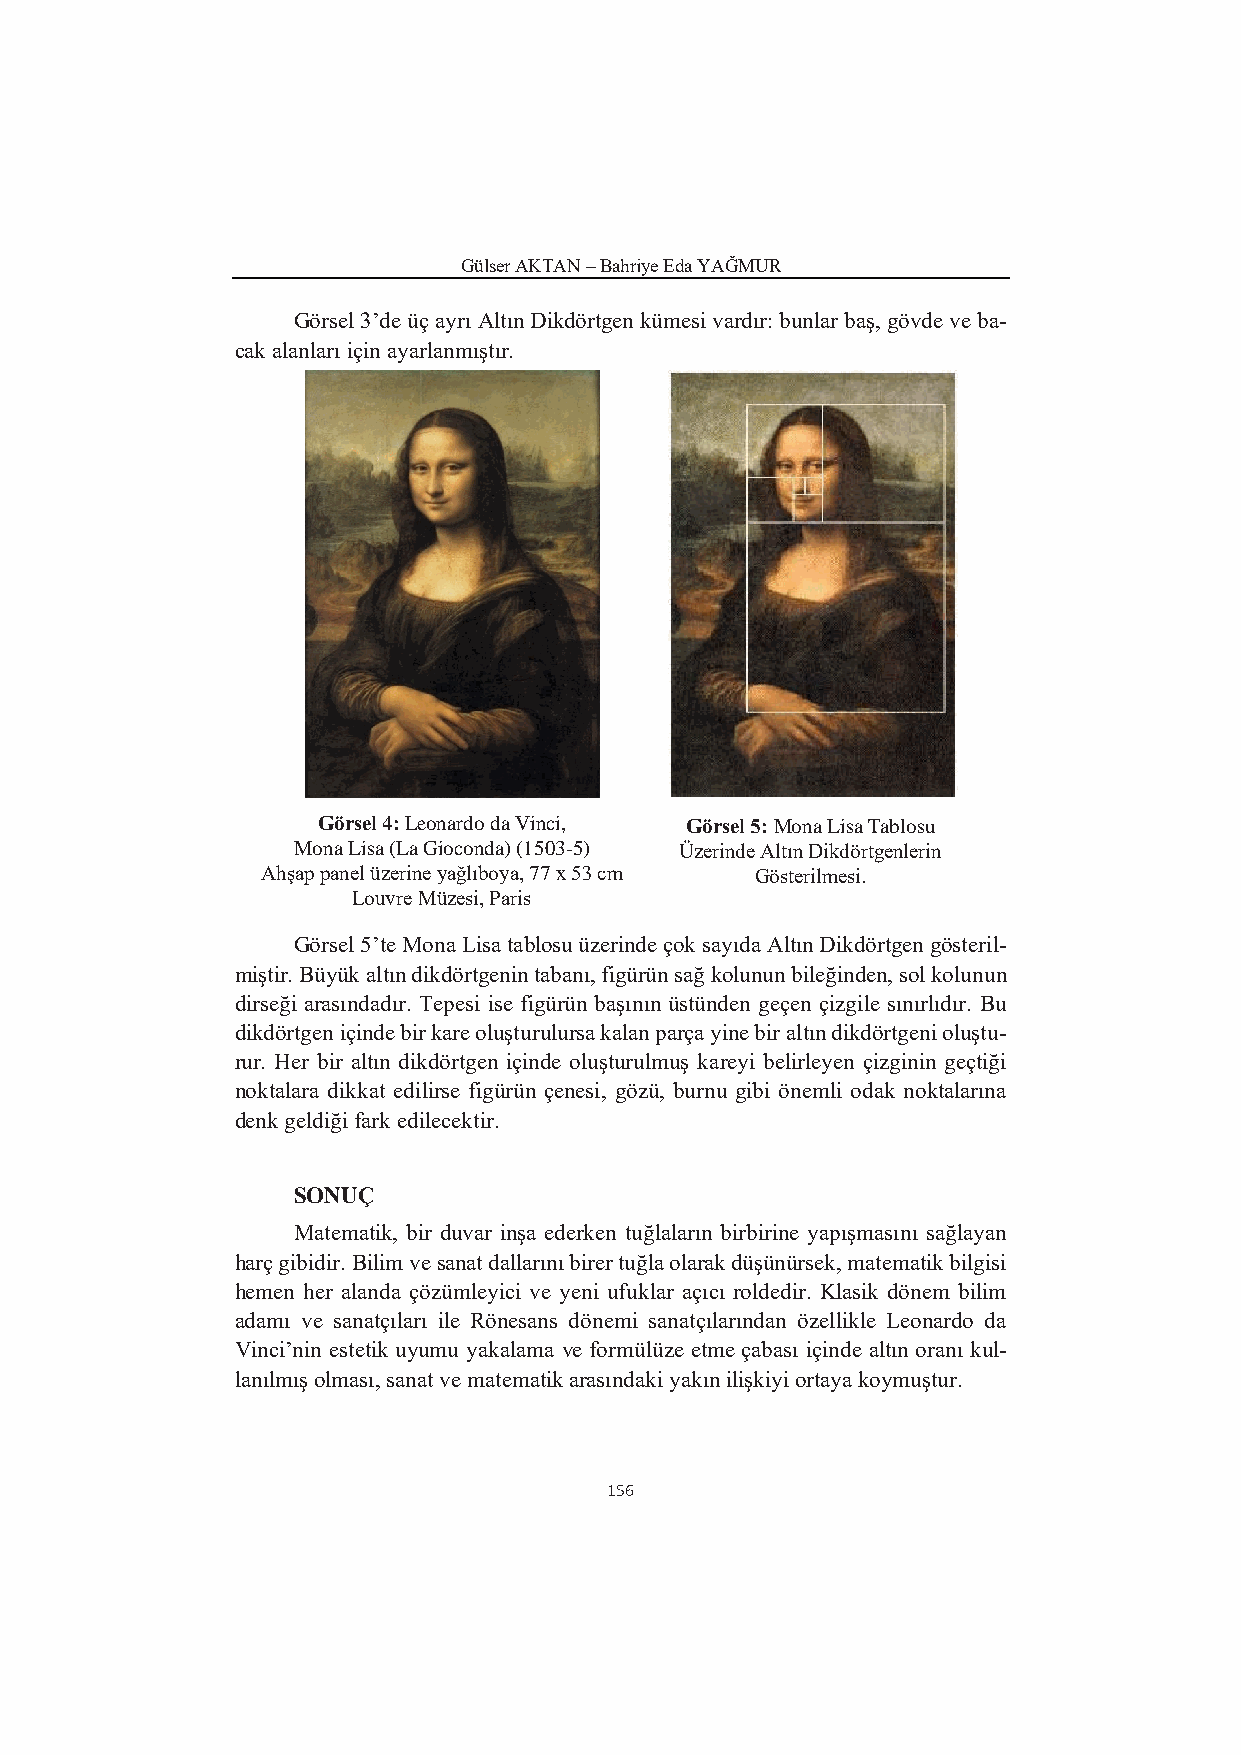
Gülser AKTAN – Bahriye Eda YAĞMUR
 Görsel 3’de üç ayrı Altın Dikdörtgen kümesi vardır: bunlar baş, gövde ve ba-
 cak alanları için ayarlanmıştır.
 Görsel 4: Leonardo da Vinci, Görsel 5: Mona Lisa Tablosu
 Mona Lisa (La Gioconda) (1503-5) Üzerinde Altın Dikdörtgenlerin
 Ahşap panel üzerine yağlıboya, 77 x 53 cm Gösterilmesi.
 Louvre Müzesi, Paris
 Görsel 5’te Mona Lisa tablosu üzerinde çok sayıda Altın Dikdörtgen gösteril-
 miştir. Büyük altın dikdörtgenin tabanı, figürün sağ kolunun bileğinden, sol kolunun
 dirseği arasındadır. Tepesi ise figürün başının üstünden geçen çizgile sınırlıdır. Bu
 dikdörtgen içinde bir kare oluşturulursa kalan parça yine bir altın dikdörtgeni oluştu-
 rur. Her bir altın dikdörtgen içinde oluşturulmuş kareyi belirleyen çizginin geçtiği
 noktalara dikkat edilirse figürün çenesi, gözü, burnu gibi önemli odak noktalarına
 denk geldiği fark edilecektir.
 SONUÇ
 Matematik, bir duvar inşa ederken tuğlaların birbirine yapışmasını sağlayan
 harç gibidir. Bilim ve sanat dallarını birer tuğla olarak düşünürsek, matematik bilgisi
 hemen her alanda çözümleyici ve yeni ufuklar açıcı roldedir. Klasik dönem bilim
 adamı ve sanatçıları ile Rönesans dönemi sanatçılarından özellikle Leonardo da
 Vinci’nin estetik uyumu yakalama ve formülüze etme çabası içinde altın oranı kul-
 lanılmış olması, sanat ve matematik arasındaki yakın ilişkiyi ortaya koymuştur.
 156